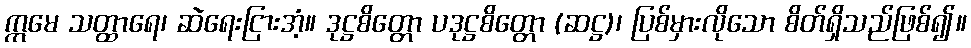
ဣမေ သတ္ထာရေ၊ ဆဲရေးငြားအံ့။ ဒုဋ္ဌစိတ္တော ပဒုဋ္ဌစိတ္တော (ဆဋ္ဌ)၊ ပြစ်မှားလိုသော စိတ်ရှိသည်ဖြစ်၍။